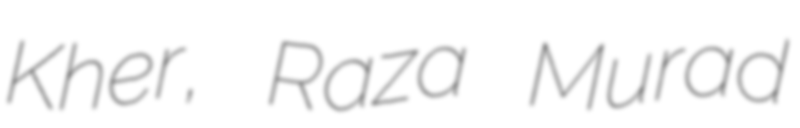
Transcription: Kher, Raza Murad